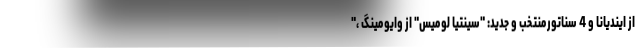
از ایندیانا و 4 سناتورمنتخب و جدید: "سینتیا لومیس" از وایومینگ ،"